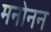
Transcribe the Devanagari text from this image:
मनोनन